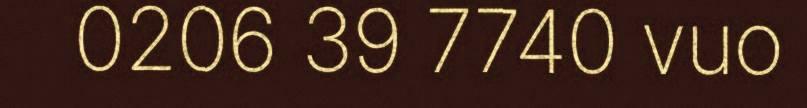
0206 39 7740 vuo